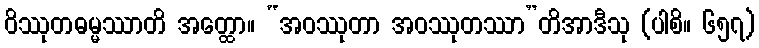
ဝိဿုတဓမ္မဿာတိ အတ္ထော။ “အဝဿုတာ အဝဿုတဿာ”တိအာဒီသု (ပါစိ။ ၆၅၇)